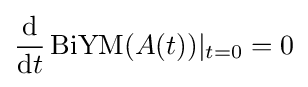
{\frac {\mathrm {d} }{\mathrm {d} t}}\operatorname {BiYM} (A(t))\vert _{t=0}=0